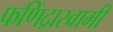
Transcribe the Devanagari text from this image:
फणिंद्रास्वामी